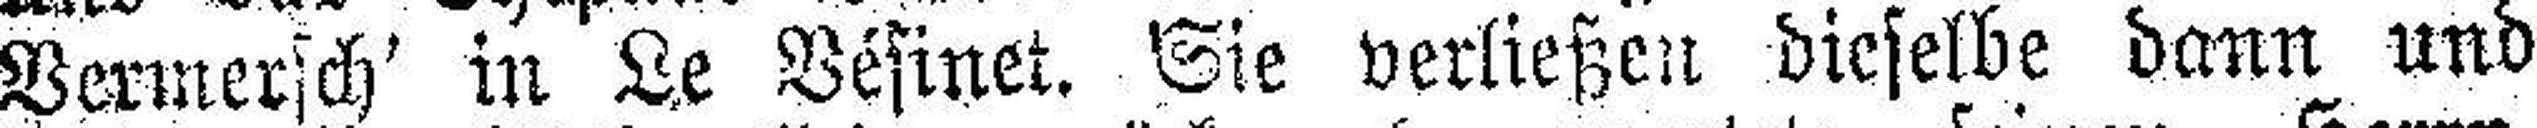
Vermersch' in Le Vésinet. Sie verließen dieselbe dann und